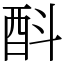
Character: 酙